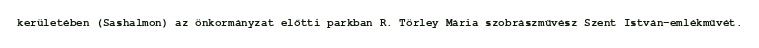
kerületében (Sashalmon) az önkormányzat előtti parkban R. Törley Mária szobrászművész Szent István-emlékművét.